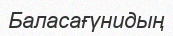
Баласағүнидың